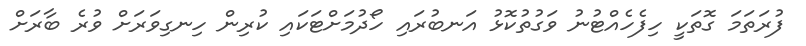
ފުރަތަމަ ގޮތަކީ ހިފެހެއްޓުނު ވަގުތުކޮޅު އަނބުރައި ހޯދުމަށްޓަކައި ކުރިން ހިނގިވަރަށް ވުރެ ބާރަށް